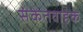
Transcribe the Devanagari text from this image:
संकेतवाहक